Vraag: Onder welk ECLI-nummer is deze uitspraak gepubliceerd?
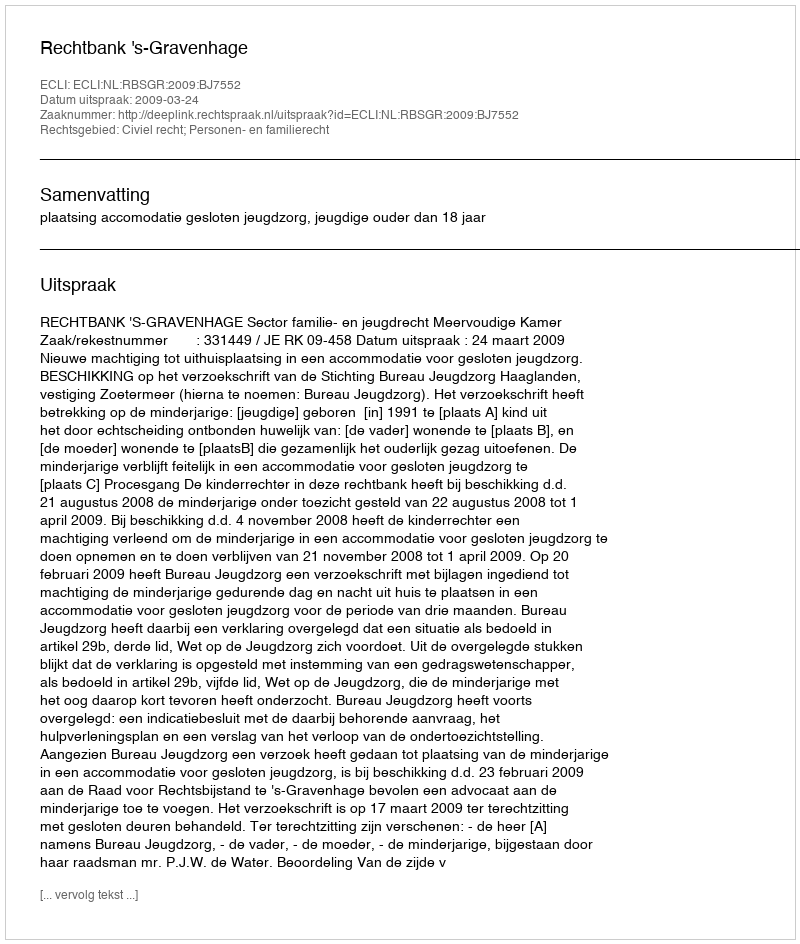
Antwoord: ECLI:NL:RBSGR:2009:BJ7552